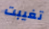
تغيبت